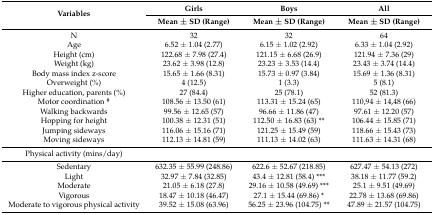
<table><thead><tr><td rowspan="2"><b>Variables</b></td><td><b>Girls</b></td><td><b>Boys</b></td><td><b>All</b></td></tr><tr><td><b>Mean ± SD (Range)</b></td><td><b>Mean ± SD (Range)</b></td><td><b>Mean ± SD (Range)</b></td></tr></thead><tbody><tr><td>N</td><td>32</td><td>32</td><td>64</td></tr><tr><td>Age</td><td>6.52 ± 1.04 (2.77)</td><td>6.15 ± 1.02 (2.92)</td><td>6.33 ± 1.04 (2.92)</td></tr><tr><td>Height (cm)</td><td>122.68 ± 7.98 (27.4)</td><td>121.15 ± 6.68 (26.9)</td><td>121.94 ± 7.36 (29)</td></tr><tr><td>Weight (kg)</td><td>23.62 ± 3.98 (12.8)</td><td>23.23 ± 3.53 (14.4)</td><td>23.43 ± 3.74 (14.4)</td></tr><tr><td>Body mass index z-score</td><td>15.65 ± 1.66 (8.31)</td><td>15.73 ± 0.97 (3.84)</td><td>15.69 ± 1.36 (8.31)</td></tr><tr><td>Overweight (%)</td><td>4 (12.5)</td><td>1 (3.3)</td><td>5 (8.1)</td></tr><tr><td>Higher education, parents (%)</td><td>27 (84.4)</td><td>25 (78.1)</td><td>52 (81.3)</td></tr><tr><td>Motor coordination <sup>#</sup></td><td>108.56 ± 13.50 (61)</td><td>113.31 ± 15.24 (65)</td><td>110,94 ± 14,48 (66)</td></tr><tr><td>Walking backwards</td><td>99.56 ± 12.65 (57)</td><td>96.66 ± 11.86 (47)</td><td>97.61 ± 12.20 (57)</td></tr><tr><td>Hopping for height</td><td>100.38 ± 12.31 (51)</td><td>112.50 ± 16.83 (63) **</td><td>106.44 ± 15.85 (71)</td></tr><tr><td>Jumping sideways</td><td>116.06 ± 15.16 (71)</td><td>121.25 ± 15.49 (59)</td><td>118.66 ± 15.43 (73)</td></tr><tr><td>Moving sideways</td><td>112.13 ± 14.81 (59)</td><td>111.13 ± 14.02 (63)</td><td>111.63 ± 14.31 (68)</td></tr><tr><td>Physical activity (mins/day)</td><td colspan="3"></td></tr><tr><td>Sedentary</td><td>632.35 ± 55.99 (248.86)</td><td>622.6 ± 52.67 (218.85)</td><td>627.47 ± 54.13 (272)</td></tr><tr><td>Light</td><td>32.97 ± 7.84 (32.85)</td><td>43.4 ± 12.81 (58.4) ***</td><td>38.18 ± 11.77 (59.2)</td></tr><tr><td>Moderate</td><td>21.05 ± 6.18 (27.8)</td><td>29.16 ± 10.58 (49.69) ***</td><td>25.1 ± 9.51 (49.69)</td></tr><tr><td>Vigorous</td><td>18.47 ± 10.18 (46.47)</td><td>27.1 ± 15.44 (69.86) *</td><td>22.78 ± 13.68 (69.86)</td></tr><tr><td>Moderate to vigorous physical activity</td><td>39.52 ± 15.08 (63.96)</td><td>56.25 ± 23.96 (104.75) **</td><td>47.89 ± 21.57 (104.75)</td></tr></tbody></table>